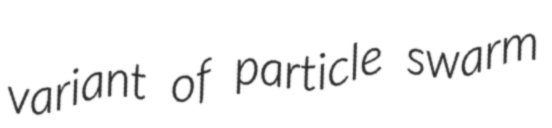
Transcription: variant of particle swarm